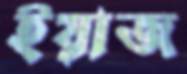
ইয়াজ